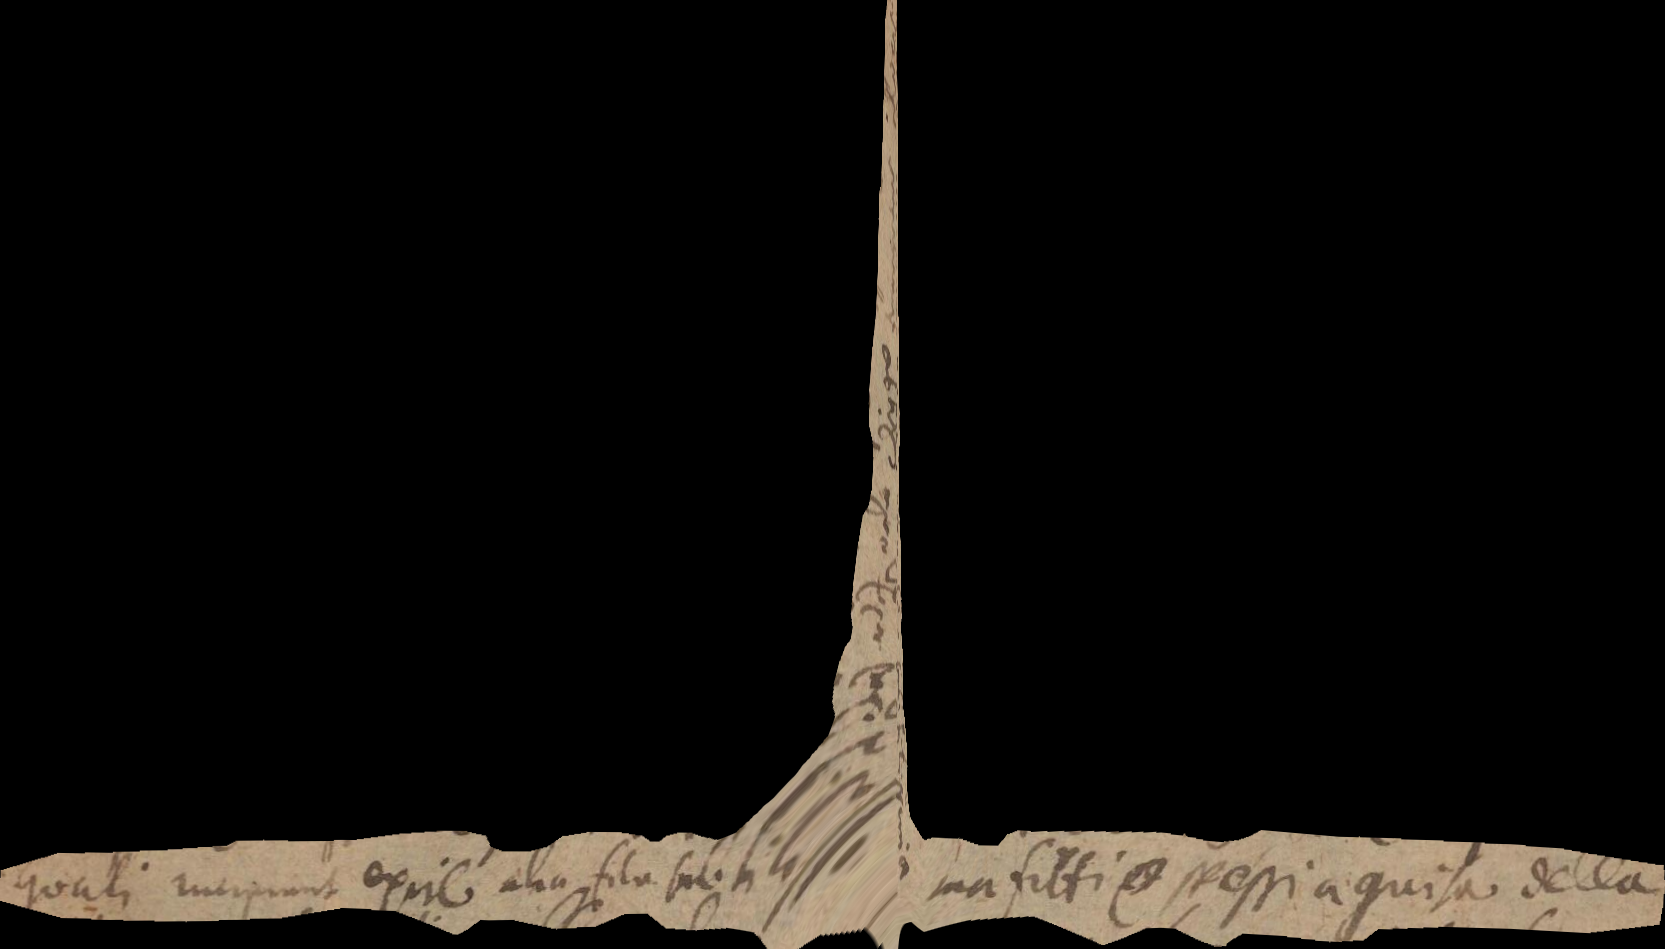
quali reincipiunt excire alia fila subtilissima, ma fitti e spessi a guisa della